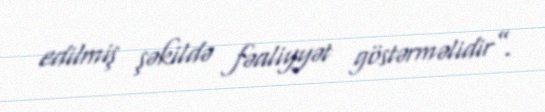
edilmiş şəkildə fəaliyyət göstərməlidir”.